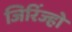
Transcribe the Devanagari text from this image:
जिरिंज्हो